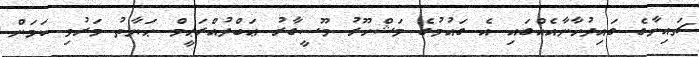
ޗައިނާގެ ގައިދުހާނާއެއްގައި އެ ގައުމުގެ މަޝްހޫރު މޫސީގާރު ޢަބްދުއްރަޙީމް ޙަޔާތު މަރުވި ކަމަށް